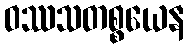
ဝဿသတစ္စယေန